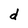
Character: d